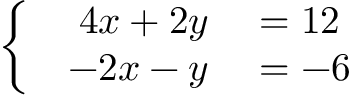
\left\{ \begin{array} { l l } { { \begin{array} { r l } { 4 x + 2 y } & { { } = 1 2 } \\ { - 2 x - y } & { { } = - 6 } \end{array} } } \end{array} \right.